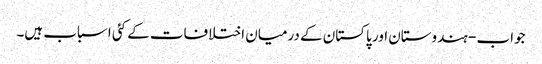
جواب - ہندوستان اور پاکستان کے درمیان اختلافات کے کئی اسباب ہیں۔